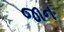
જાન